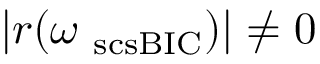
| r ( \omega _ { \mathrm { \ s c s { B I C } } } ) | \ne 0